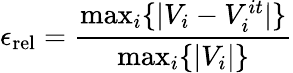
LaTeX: \epsilon_{\mathrm{rel}}=\frac{\operatorname*{max}_{i}\{ |V_{i}-V_{i}^{it}|\} }{\operatorname*{max}_{i}\{ |V_{i}|\} }